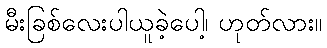
မီးခြစ်လေးပါယူခဲ့ပေါ့၊ ဟုတ်လား။